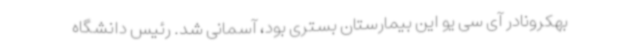
بهکرونادر آی سی یو این بیمارستان بستری بود، آسمانی شد. رئیس دانشگاه